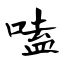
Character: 嗑